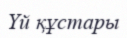
Үй құстары